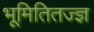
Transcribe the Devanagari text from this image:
भूमितितज्ज्ञ